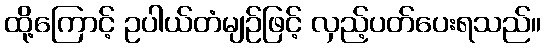
ထို့ကြောင့် ဥပါယ်တံမျဉ်ဖြင့် လှည့်ပတ်ပေးရသည်။